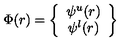
\Phi ( r ) = \left\{ \begin{array} { c } { \psi ^ { u } ( r ) } \\ { \psi ^ { l } ( r ) } \\ \end{array} \right\}